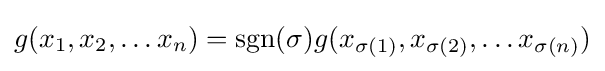
g(x_{1},x_{2},\dots x_{n})={\text{sgn}}(\sigma )g(x_{\sigma (1)},x_{\sigma (2)},\dots x_{\sigma (n)})